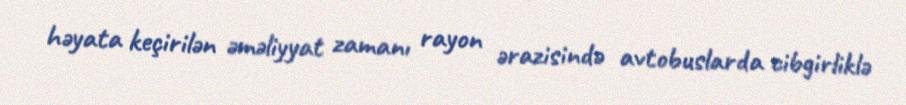
həyata keçirilən əməliyyat zamanı rayon ərazisində avtobuslarda cibgirliklə